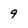
Character: 9